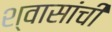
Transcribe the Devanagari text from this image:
श्वासांची